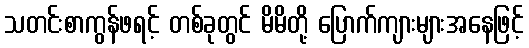
သတင်းစာကွန်ဖရင့် တစ်ခုတွင် မိမိတို့ ပြောက်ကျားများအနေဖြင့်